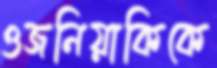
ওজনিয়াকিকে